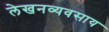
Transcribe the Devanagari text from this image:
लेखनव्यवसाय